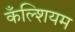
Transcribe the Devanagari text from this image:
कँल्शियम